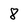
Character: 8